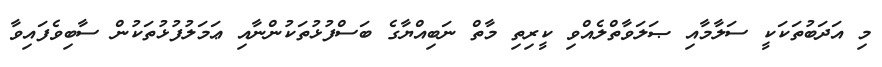
މި އަދަބުތަކަކީ ސަލާމާއި ޞަލަވާތްލެއްވި ކީރިތި މާތް ނަބިއްޔާގެ ބަސްފުޅުތަކުންނާއި ޢަމަލުފުޅުތަކުން ސާބިވެފައިވާ